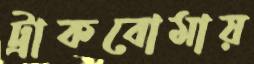
ট্রাকবোমায়